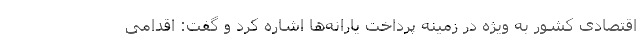
اقتصادی کشور به ویژه در زمینه پرداخت یارانه‌ها اشاره کرد و گفت: اقدامی